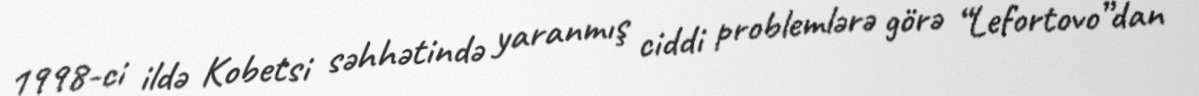
1998-ci ildə Kobetsi səhhətində yaranmış ciddi problemlərə görə “Lefortovo”dan